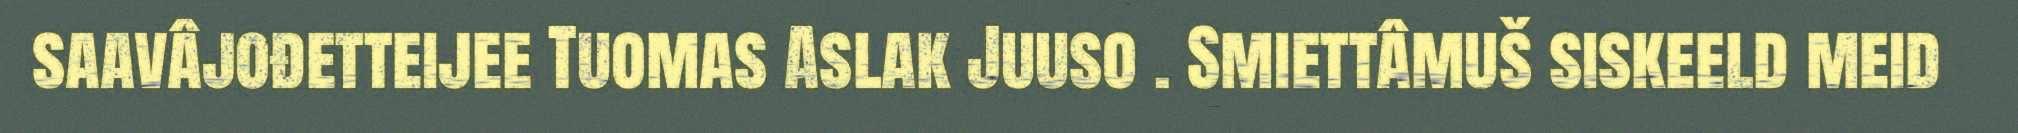
saavâjođetteijee Tuomas Aslak Juuso . Smiettâmuš siskeeld meid